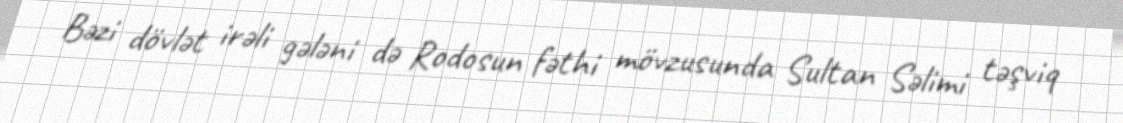
Bəzi dövlət irəli gələni də Rodosun fəthi mövzusunda Sultan Səlimi təşviq